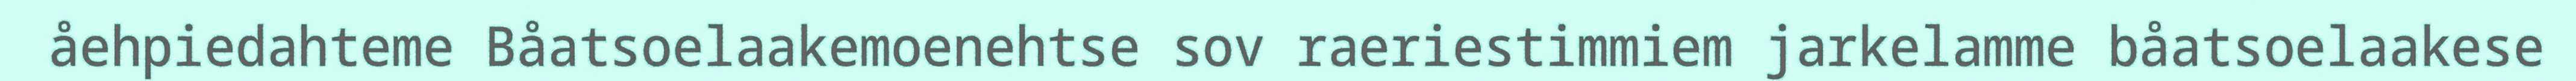
åehpiedahteme Båatsoelaakemoenehtse sov raeriestimmiem jarkelamme båatsoelaakese